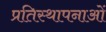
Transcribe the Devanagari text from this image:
प्रतिस्थापनाओं